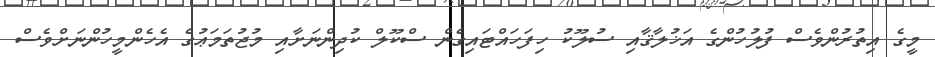
މީގެ އިތުރުންވެސް ފުލުހުންގެ އަޚުލާޤާއި ސުލޫކު ހިފަހައްޓައިގެން ސްކޫލް ކުދިންނަށާއި މުޖުތަމަޢުގެ އެހެންމީހުންނަށްވެސް